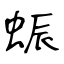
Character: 蜄